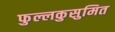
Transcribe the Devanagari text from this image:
फुल्लकुसुमित